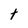
Character: t